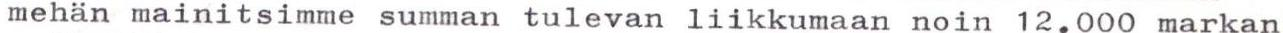
mehän mainitsimme summan tulevan liikkumaan noin 12.000 markan